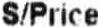
S/PRICE